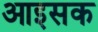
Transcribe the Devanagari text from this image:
आइसक